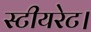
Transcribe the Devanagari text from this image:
स्टीयरेट।